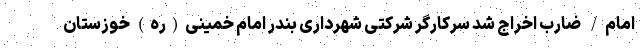
امام/ ضارب اخراج شد سرکارگر شرکتی شهرداری بندر امام خمینی(ره) خوزستان